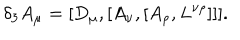
\delta _ { 3 } A _ { \mu } = [ D _ { \mu } , [ A _ { \nu } , [ A _ { \rho } , L ^ { \nu \rho } ] ] ] .